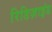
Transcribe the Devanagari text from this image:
रिडिज़ाइंड